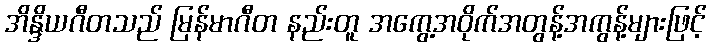
အိန္ဒိယဂီတသည် မြန်မာဂီတ နည်းတူ အကွေ့အဝိုက်အတွန့်အကွန့်များဖြင့်